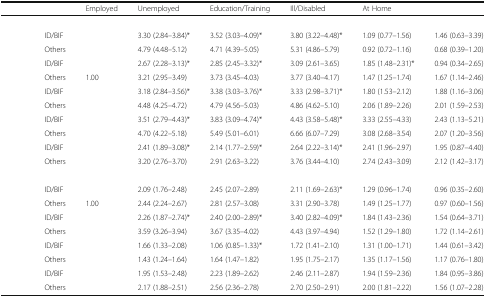
<table><thead><tr><td>[EMPTY_CELL]</td><td>[EMPTY_CELL]</td><td><b>Employed</b></td><td><b>Unemployed</b></td><td><b>Education/Training</b></td><td><b>Ill/Disabled</b></td><td><b>At Home</b></td><td>[EMPTY_CELL]</td></tr></thead><tbody><tr><td colspan="8">[EMPTY_CELL]</td></tr><tr><td>[EMPTY_CELL]</td><td>ID/BIF</td><td>[EMPTY_CELL]</td><td>3.30 (2.84–3.84)*</td><td>3.52 (3.03–4.09)*</td><td>3.80 (3.22–4.48)*</td><td>1.09 (0.77–1.56)</td><td>1.46 (0.63–3.39)</td></tr><tr><td>[EMPTY_CELL]</td><td>Others</td><td>[EMPTY_CELL]</td><td>4.79 (4.48–5.12)</td><td>4.71 (4.39–5.05)</td><td>5.31 (4.86–5.79)</td><td>0.92 (0.72–1.16)</td><td>0.68 (0.39–1.20)</td></tr><tr><td>[EMPTY_CELL]</td><td>ID/BIF</td><td>[EMPTY_CELL]</td><td>2.67 (2.28–3.13)*</td><td>2.85 (2.45–3.32)*</td><td>3.09 (2.61–3.65)</td><td>1.85 (1.48–2.31)*</td><td>0.94 (0.34–2.65)</td></tr><tr><td>[EMPTY_CELL]</td><td>Others</td><td>1.00</td><td>3.21 (2.95–3.49)</td><td>3.73 (3.45–4.03)</td><td>3.77 (3.40–4.17)</td><td>1.47 (1.25–1.74)</td><td>1.67 (1.14–2.46)</td></tr><tr><td>[EMPTY_CELL]</td><td>ID/BIF</td><td>[EMPTY_CELL]</td><td>3.18 (2.84–3.56)*</td><td>3.38 (3.03–3.76)*</td><td>3.33 (2.98–3.71)*</td><td>1.80 (1.53–2.12)</td><td>1.88 (1.16–3.06)</td></tr><tr><td>[EMPTY_CELL]</td><td>Others</td><td>[EMPTY_CELL]</td><td>4.48 (4.25–4.72)</td><td>4.79 (4.56–5.03)</td><td>4.86 (4.62–5.10)</td><td>2.06 (1.89–2.26)</td><td>2.01 (1.59–2.53)</td></tr><tr><td>[EMPTY_CELL]</td><td>ID/BIF</td><td>[EMPTY_CELL]</td><td>3.51 (2.79–4.43)*</td><td>3.83 (3.09–4.74)*</td><td>4.43 (3.58–5.48)*</td><td>3.33 (2.55–4.33)</td><td>2.43 (1.13–5.21)</td></tr><tr><td>[EMPTY_CELL]</td><td>Others</td><td>[EMPTY_CELL]</td><td>4.70 (4.22–5.18)</td><td>5.49 (5.01–6.01)</td><td>6.66 (6.07–7.29)</td><td>3.08 (2.68–3.54)</td><td>2.07 (1.20–3.56)</td></tr><tr><td>[EMPTY_CELL]</td><td>ID/BIF</td><td>[EMPTY_CELL]</td><td>2.41 (1.89–3.08)*</td><td>2.14 (1.77–2.59)*</td><td>2.64 (2.22–3.14)*</td><td>2.41 (1.96–2.97)</td><td>1.95 (0.87–4.40)</td></tr><tr><td>[EMPTY_CELL]</td><td>Others</td><td>[EMPTY_CELL]</td><td>3.20 (2.76–3.70)</td><td>2.91 (2.63–3.22)</td><td>3.76 (3.44–4.10)</td><td>2.74 (2.43–3.09)</td><td>2.12 (1.42–3.17)</td></tr><tr><td colspan="8">[EMPTY_CELL]</td></tr><tr><td>[EMPTY_CELL]</td><td>ID/BIF</td><td>[EMPTY_CELL]</td><td>2.09 (1.76–2.48)</td><td>2.45 (2.07–2.89)</td><td>2.11 (1.69–2.63)*</td><td>1.29 (0.96–1.74)</td><td>0.96 (0.35–2.60)</td></tr><tr><td>[EMPTY_CELL]</td><td>Others</td><td>1.00</td><td>2.44 (2.24–2.67)</td><td>2.81 (2.57–3.08)</td><td>3.31 (2.90–3.78)</td><td>1.49 (1.25–1.77)</td><td>0.97 (0.60–1.56)</td></tr><tr><td>[EMPTY_CELL]</td><td>ID/BIF</td><td>[EMPTY_CELL]</td><td>2.26 (1.87–2.74)*</td><td>2.40 (2.00–2.89)*</td><td>3.40 (2.82–4.09)*</td><td>1.84 (1.43–2.36)</td><td>1.54 (0.64–3.71)</td></tr><tr><td>[EMPTY_CELL]</td><td>Others</td><td>[EMPTY_CELL]</td><td>3.59 (3.26–3.94)</td><td>3.67 (3.35–4.02)</td><td>4.43 (3.97–4.94)</td><td>1.52 (1.29–1.80)</td><td>1.72 (1.14–2.61)</td></tr><tr><td>[EMPTY_CELL]</td><td>ID/BIF</td><td>[EMPTY_CELL]</td><td>1.66 (1.33–2.08)</td><td>1.06 (0.85–1.33)*</td><td>1.72 (1.41–2.10)</td><td>1.31 (1.00–1.71)</td><td>1.44 (0.61–3.42)</td></tr><tr><td>[EMPTY_CELL]</td><td>Others</td><td>[EMPTY_CELL]</td><td>1.43 (1.24–1.64)</td><td>1.64 (1.47–1.82)</td><td>1.95 (1.75–2.17)</td><td>1.35 (1.17–1.56)</td><td>1.17 (0.76–1.80)</td></tr><tr><td>[EMPTY_CELL]</td><td>ID/BIF</td><td>[EMPTY_CELL]</td><td>1.95 (1.53–2.48)</td><td>2.23 (1.89–2.62)</td><td>2.46 (2.11–2.87)</td><td>1.94 (1.59–2.36)</td><td>1.84 (0.95–3.86)</td></tr><tr><td>[EMPTY_CELL]</td><td>Others</td><td>[EMPTY_CELL]</td><td>2.17 (1.88–2.51)</td><td>2.56 (2.36–2.78)</td><td>2.70 (2.50–2.91)</td><td>2.00 (1.81–2.22)</td><td>1.56 (1.07–2.28)</td></tr></tbody></table>